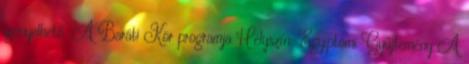
igényelhető. A Baráti Kör programja Helyszín: Egyiptomi Gyűjtemény A